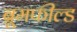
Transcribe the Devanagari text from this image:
ब्रूमफील्ड